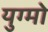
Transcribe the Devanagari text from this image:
युग्मो